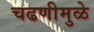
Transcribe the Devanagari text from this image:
चढणीमुळे